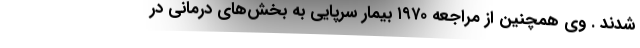
شدند . وی همچنین از مراجعه ۱۹۷۰ بیمار سرپایی به بخش‌های درمانی در